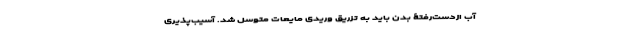
آبِ ازدست‌رفتۀ بدن باید به تزریق وریدی مایعات متوسل شد. آسیب‌پذیری